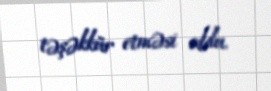
təşəkkür etməsi oldu.